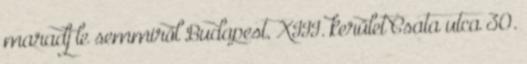
maradj le semmiről Budapest, XIII. kerület Csata utca 30.